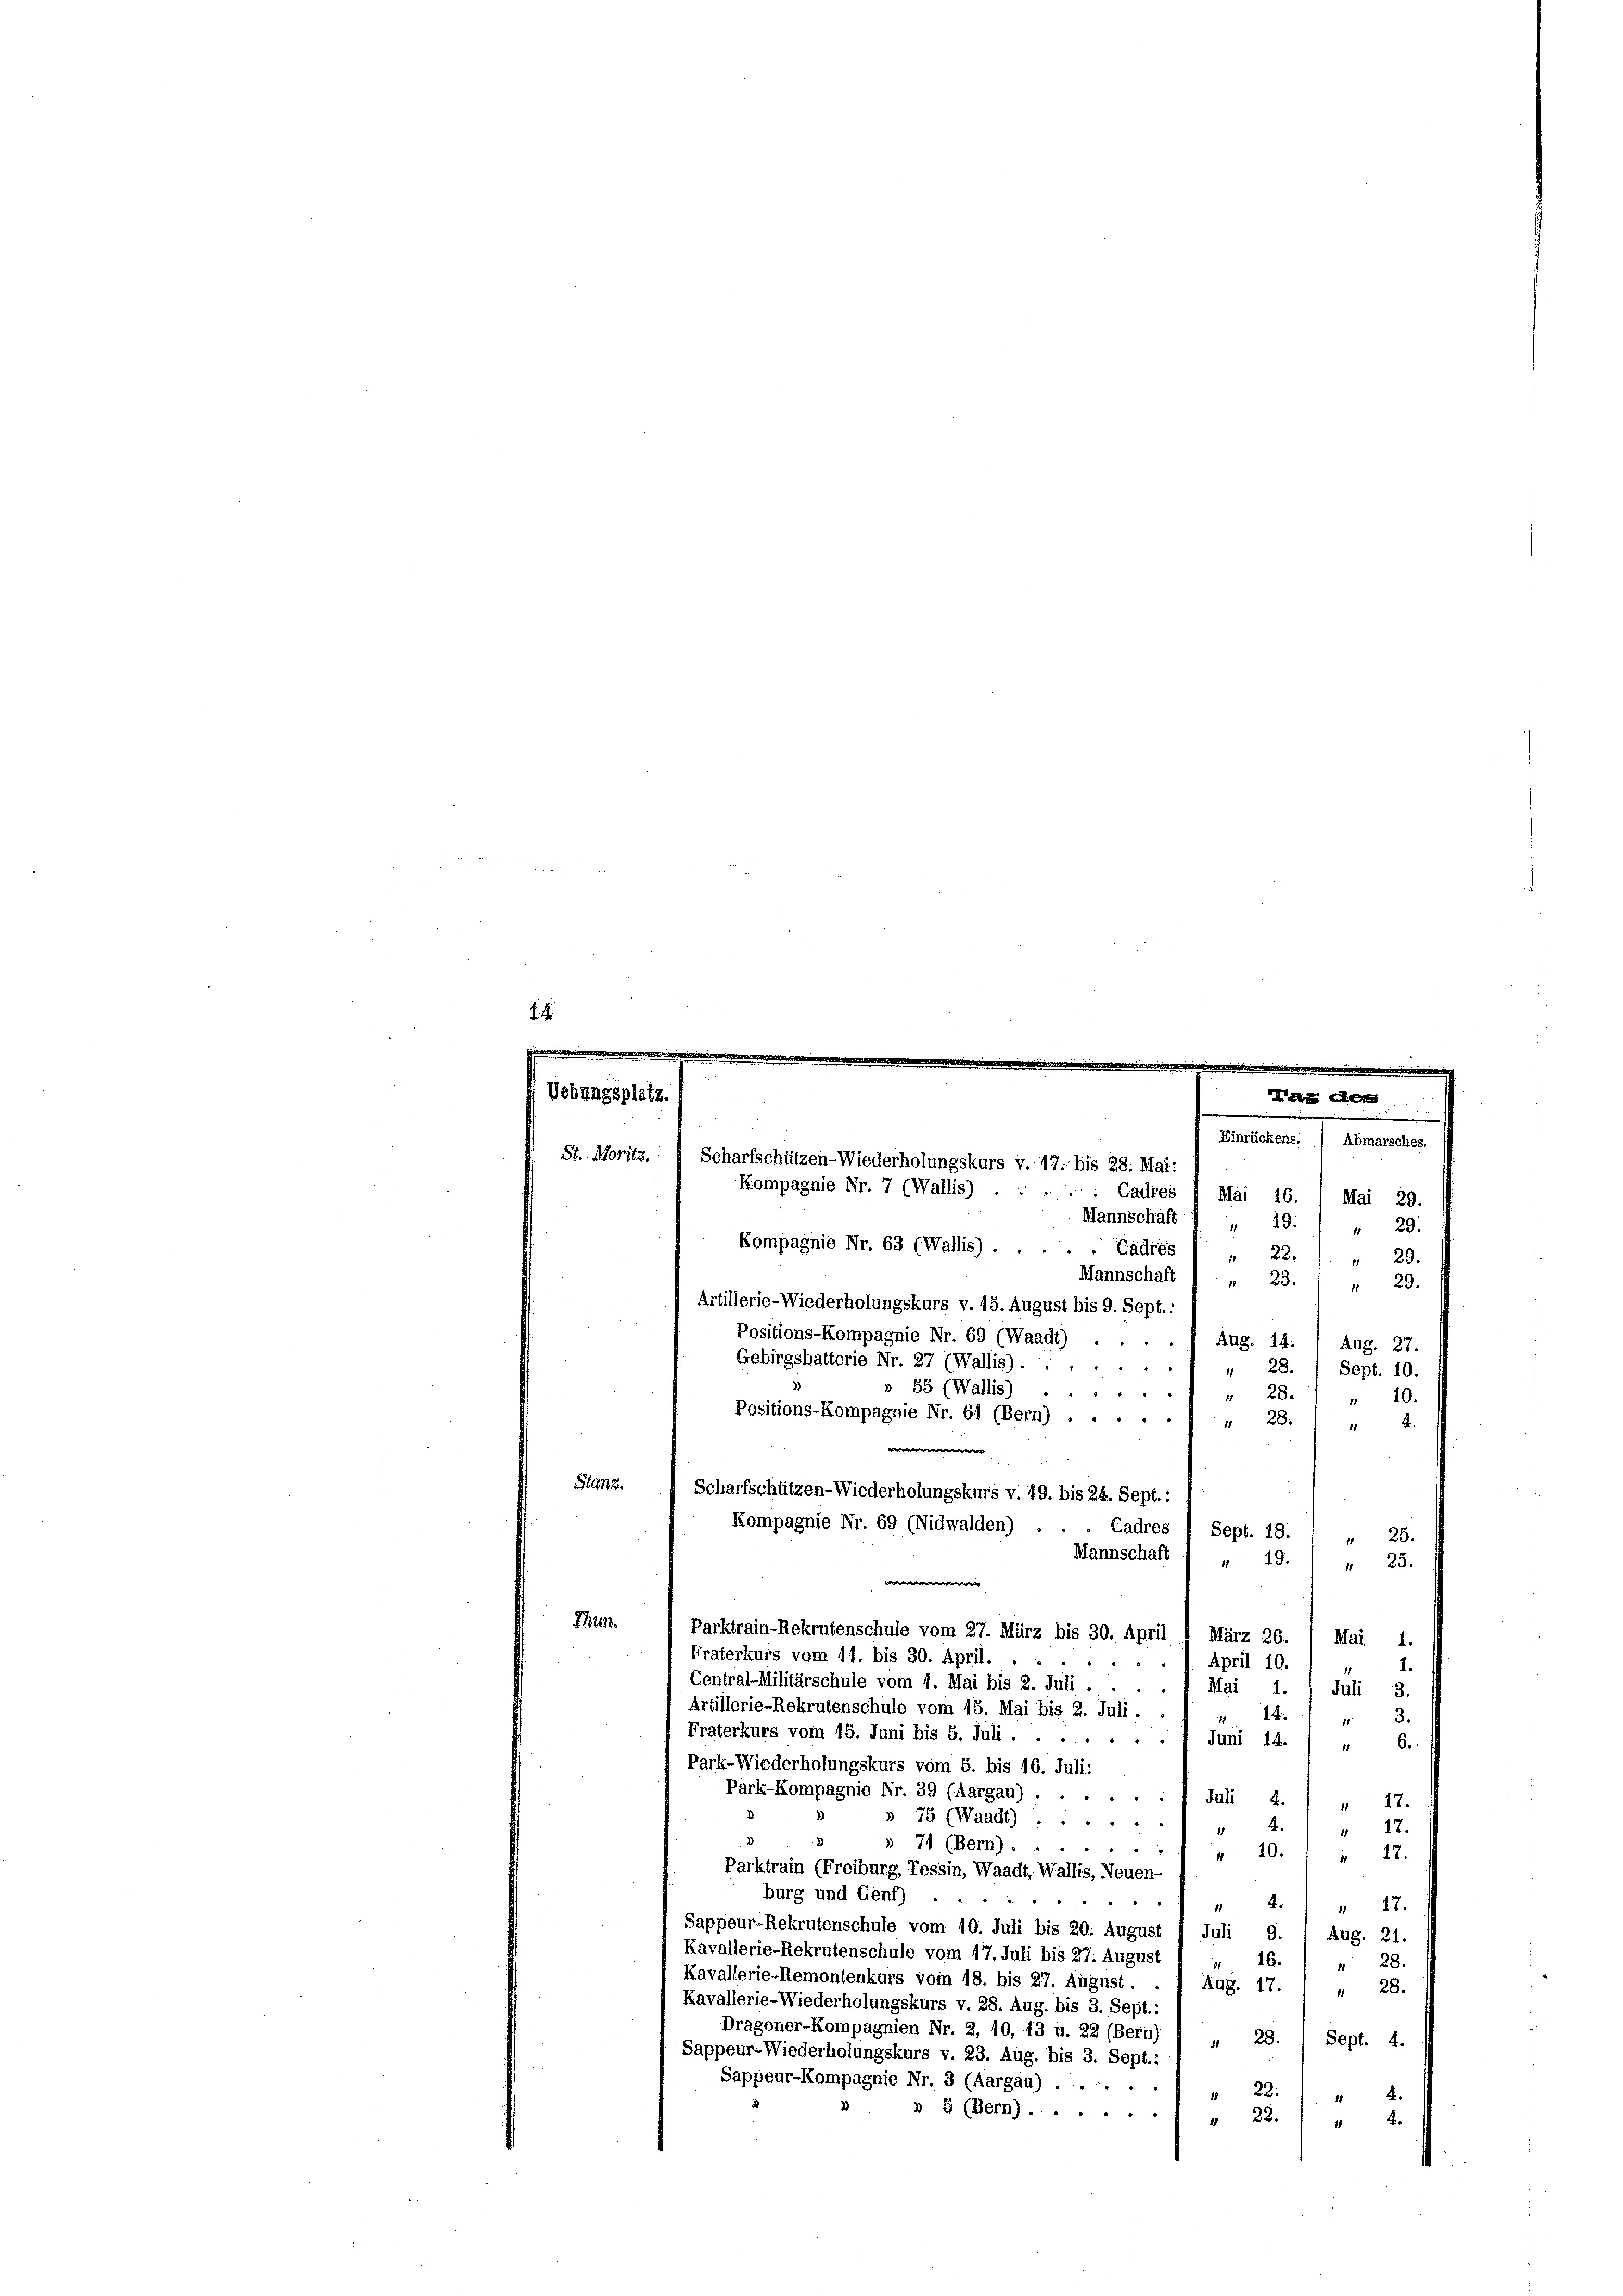
n

Mannschaft I 1 19. 1 "
29.
Kompagnie Nr. 63 (Wallis) . . .
Cadres 1 " 22.) " 29.
Mannschaft
23.
18
 29.
Artillerie-Wiederholungskurs v. 15. August bis 9. Sept. :
Positions-Kompagnie Nr. 69 (Waadt) . . . . . Aug. 14. / Aug. 27.
Gebirgsbatterie Nr. 27 (Wallis).
" 28. / Sept. 10.
» 58 (Wallis).
28.
1
10.
11
Positions-Kompagnie Nr. 61 (Bern) ....
" 28.
42.
e
Stanz.
Cadres 1 Sept. 18.) " 25.
Mannschaft „ „ 19.
 23.

Thee.
Parktrain-Rekrutenschule vom 27. März bis 30. April 1 März 26: » Mai 1.
Fraterkurs vom 14. bis 30. April.
April 10.
2
1.
11
Central-Militärschule vom 1. Mai bis 2. Juli.

Mai 1
Juli 3.
Artillerie-Rekrutenschule vom 15. Mai bis 2. Juli.
 12 " 3
Fraterkurs vom 15. Juni bis 5. Juli ......... Juni 14
" 6.
Park-Wiederholungskurs vom 8. bis 16. Juli:
Park-Kompagnie Nr. 39 (Aargau) .....
Juli d. 1 „ 17.
» 78 (Waadt)
 4.
 17.
d
§ 71 (Bern) ....
8
 10.
 17.
Parktrain (Freiburg, Tessin, Waadt, Wallis, Neuen-
burg und Genf)

.
 17.
1
Sappeur-Rekrutenschule vom 10. Juli bis 20. August 1 Juli 9. 1 Aug. 21.
Kavallerie-Rekrutenschule vom 17. Juli bis 27. August
16.
28.
1
Kavallerie-Remontenkurs vom 18. bis 27. August . .
Aug. 17.
" 28.
Kavallerie-Wiederholungskurs v. 28. Aug. bis 3. Sept.:
Dragoner-Kompagnien Nr. 2, 10, 13 u. 22 (Bern)
Sept. 4.
 28.
Sappeur-Wiederholungskurs v. 23. Aug. bis 3. Sept.:
Sappeur-Kompagnie Nr. 3 (Aargau) .....
22.)
4.
» 5 (Bern).
" 22.
4

Uebungsplatz.

Mass des
Einrückens.
Abmarsches.
St. Moritz. Scharfschützen-Wiederholungskurs v. 17. bis 28. Mai:
Kompagnie Nr. 7 (Wallis) . . . . . Gadres 1 Mai 16. / Mai 29.

Scharfschützen-Wiederholungskurs v. 19. bis 24. Sept.:
Kompagnie Nr. 69 (Nidwalden)